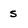
Character: s